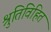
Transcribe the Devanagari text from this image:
श्रुतिविहित